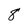
Character: 8